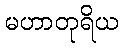
မဟာတုရိယ